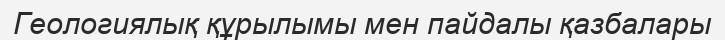
Геологиялық құрылымы мен пайдалы қазбалары